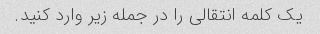
یک کلمه انتقالی را در جمله زیر وارد کنید.